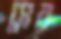
সের